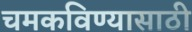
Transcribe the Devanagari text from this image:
चमकविण्यासाठी